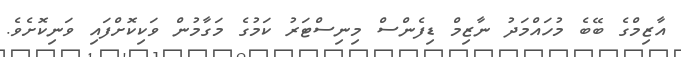
އާޒިމްގެ ބޭބެ މުހައްމަދު ނާޒިމް ޑިފެންސް މިނިސްޓަރު ކަމުގެ މަގާމުން ވަކިކޮށްފައި ވަނިކޮށެވެ.